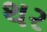
થર